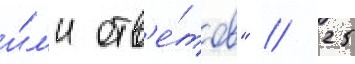
и́л'и отв'е́тов" // 25